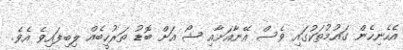
އެހެނިހެން ގައުމުތަކުގައި ވެސް އޭނާއަށާއި ޝޯ އަށް ބޮޑު ތަރުހީބެއް ލިބިފައިވެ އެވެ.